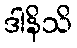
ဒါနိသိ